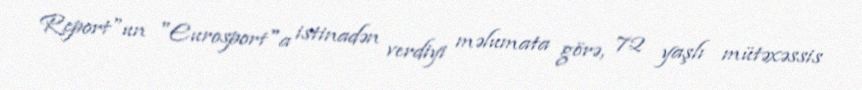
Report"un "Eurosport"a istinadən verdiyi məlumata görə, 72 yaşlı mütəxəssis